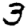
Digit: 3